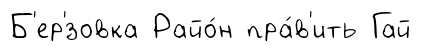
Б'ер'́зовка Райо́н пра́в'ить Гай